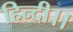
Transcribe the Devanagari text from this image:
हिन्दी।।